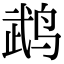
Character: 鹉